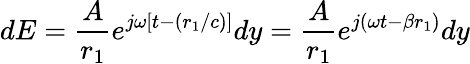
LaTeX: dE={\frac{A}{r_{1}}}e^{j\omega[t-(r_{1}/c)]}dy={\frac{A}{r_{1}}}e^{j(\omega t-\beta r_{1})}dy